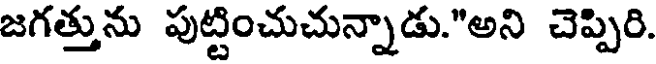
జగత్తును పుట్టించుచున్నాడు."అని చెప్పిరి.